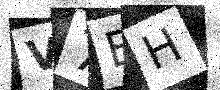
Text: V7BH